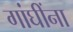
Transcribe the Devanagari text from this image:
गांघींना